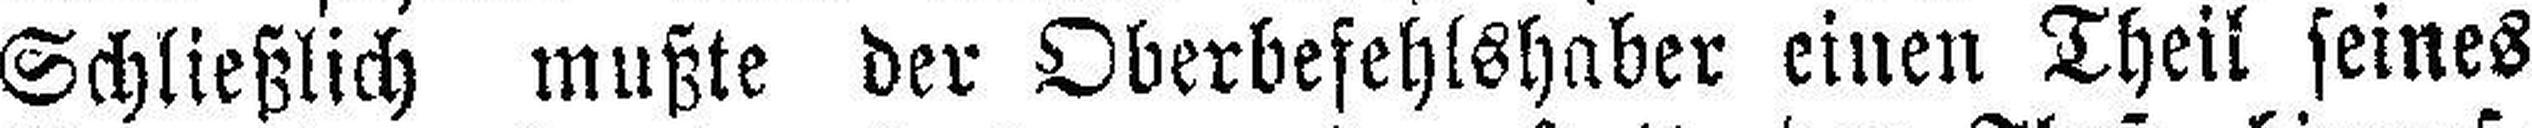
Schließlich mußte der Oberbefehlshaber einen Theil seines